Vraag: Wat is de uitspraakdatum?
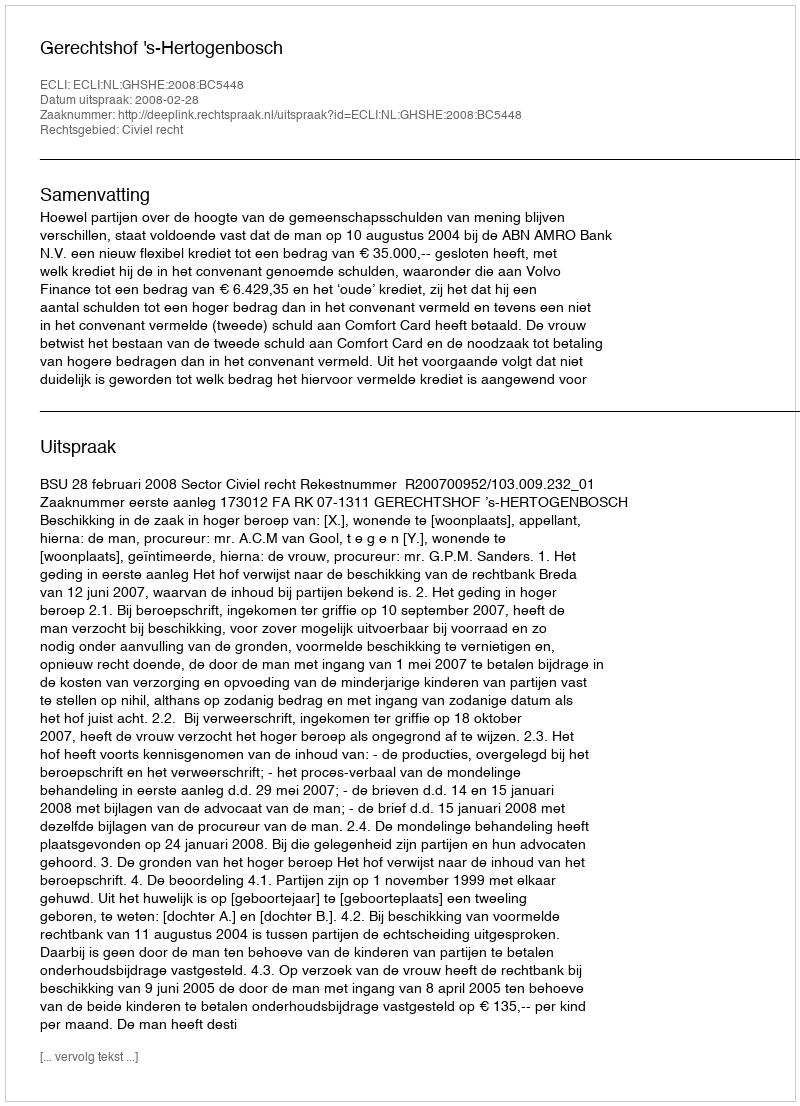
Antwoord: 2008-02-28